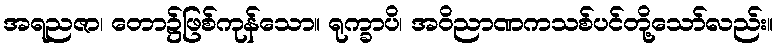
အရညဇာ၊ တော၌ဖြစ်ကုန်သော။ ရုက္ခာပိ၊ အဝိညာဏကသစ်ပင်တို့သော်လည်း။